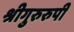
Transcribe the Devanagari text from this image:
श्रीगुरुरुपी